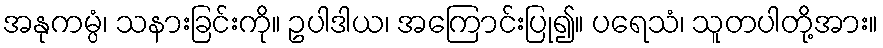
အနုကမ္ပံ၊ သနားခြင်းကို။ ဥပါဒါယ၊ အကြောင်းပြု၍။ ပရေသံ၊ သူတပါတို့အား။